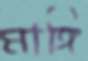
মাঙ্গি